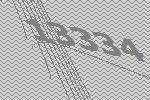
13334